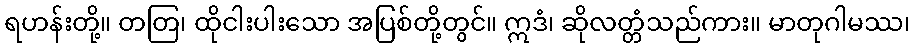
ရဟန်းတို့။ တတြ၊ ထိုငါးပါးသော အပြစ်တို့တွင်။ ဣဒံ၊ ဆိုလတ္တံသည်ကား။ မာတုဂါမဿ၊